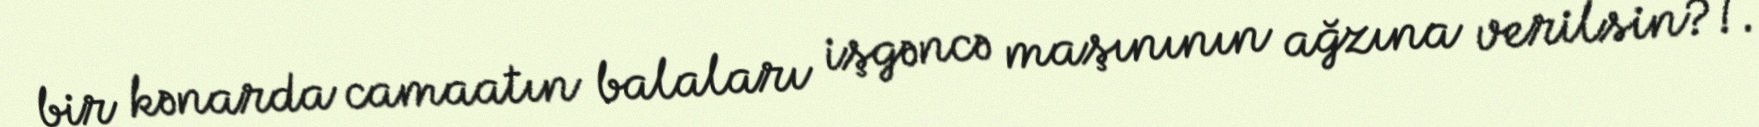
bir kənarda camaatın balaları işgəncə maşınının ağzına verilsin?!.